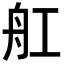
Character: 舡